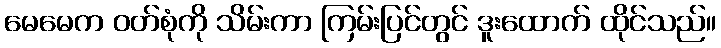
မေမေက ဝတ်စုံကို သိမ်းကာ ကြမ်းပြင်တွင် ဒူးထောက် ထိုင်သည်။